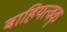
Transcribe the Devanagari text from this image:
बाहियत्वक्‌